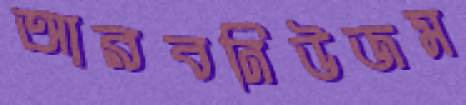
আরবনিউজম